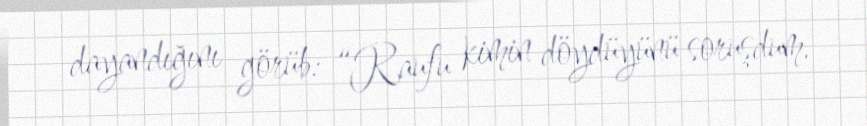
dayandığını görüb: “Raufu kimin döydüyünü soruşdum.